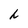
Character: h